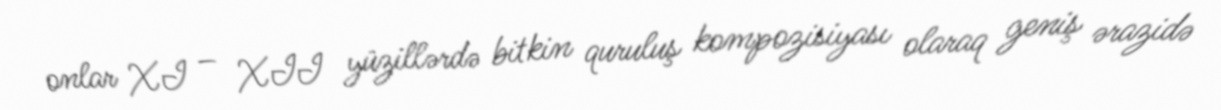
onlar XI – XII yüzillərdə bitkin quruluş kompozisiyası olaraq geniş ərazidə